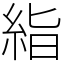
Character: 𥿻